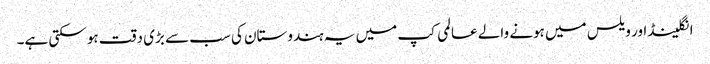
انگلینڈ اور ویلس میں ہونے والے عالمی کپ میں یہ ہندوستان کی سب سے بڑی دقت ہو سکتی ہے۔